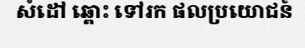
សំដៅ ឆ្ពោះ ទៅរក ផលប្រយោជន៍